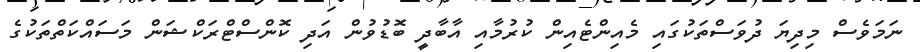
ނަމަވެސް މިދިޔަ ދުވަސްތަކުގައި މެއިންޓެއިން ކުރުމާއި އާބާދީ ބޮޑުވުން އަދި ކޮންސްޓްރަކްޝަން މަސައްކަތްތަކުގެ